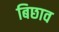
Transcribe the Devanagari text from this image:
बिछाव